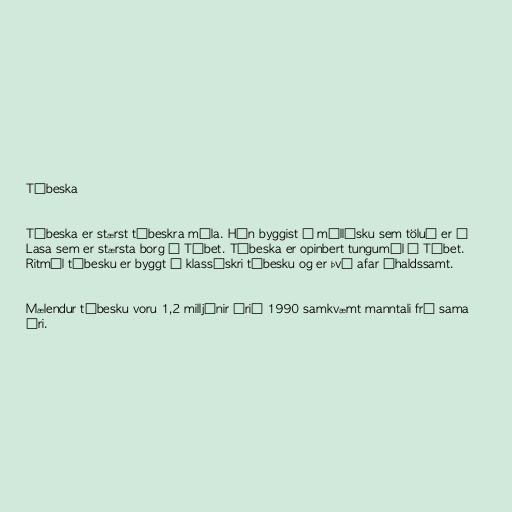
Tíbeska

Tíbeska er stærst tíbeskra mála. Hún byggist á mállýsku sem töluð er í
Lasa sem er stærsta borg í Tíbet. Tíbeska er opinbert tungumál í Tíbet.
Ritmál tíbesku er byggt á klassískri tíbesku og er því afar íhaldssamt.

Mælendur tíbesku voru 1,2 milljónir árið 1990 samkvæmt manntali frá sama
ári.